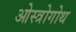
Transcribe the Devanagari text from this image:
ओस्त्रोगोथ